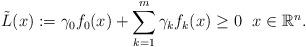
LaTeX: \begin{align*} \Tilde{L}(x):=\gamma_0f_0(x)+\sum\limits_{k=1}^m\gamma_kf_k(x)\ge0\ \ x\in\mathbb{R}^n.\end{align*}